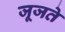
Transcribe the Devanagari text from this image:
जूजते